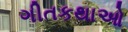
ગીતકથાઓ